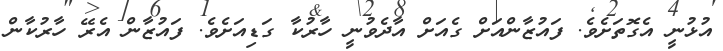
އުޅުނީ އެގޮތަށެވެ. ފައުޒާންއަށް ގެއަށް އާދެވުނީ ހާރުކާ ގަޑިއަށެވެ. ފައުޒާން އެރޭ ހާރުކާން